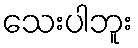
သေးပါဘူး